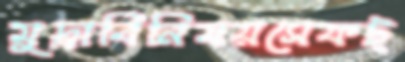
মুদ্রাবিনিময়সেফট্